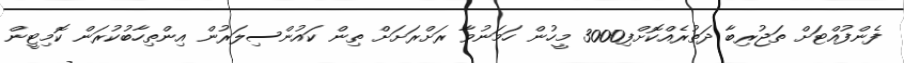
ފެންފުއްޓަށް ތަޖުރިބާ ދަތުރެއްކޮށްފި3000 މީހުން ހަމަނުވާ ރަށްރަށަށް ތިން ކައުންސިލަރުން އިންތިހާބުކުރަން ކޮމިޓީން